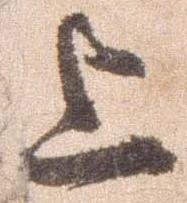
上